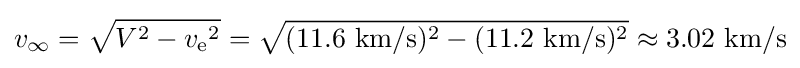
v_{\infty }={\sqrt {V^{2}-{v_{\text{e}}}^{2}}}={\sqrt {(11.6{\text{ km/s}})^{2}-(11.2{\text{ km/s}})^{2}}}\approx 3.02{\text{ km/s}}